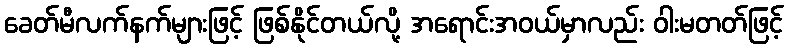
ခေတ်မီလက်နက်များဖြင့် ဖြစ်နိုင်တယ်လို့ အရောင်းအဝယ်မှာလည်း ဝါးမတတ်ဖြင့်